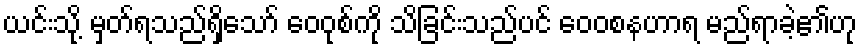
ယင်းသို့ မှတ်ရသည်ရှိသော် ဝေဝုစ်ကို သိခြင်းသည်ပင် ဝေဝစနဟာရ မည်ရာခဲ့၏ဟု